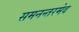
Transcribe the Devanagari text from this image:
समनन्तरमेव